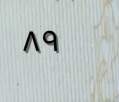
٨٩